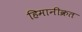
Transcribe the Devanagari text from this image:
हिमानीक्रत